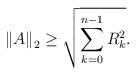
LaTeX: \begin{align*} {{\left\| {A} \right\|}_{2}}\ge \sqrt{\sum\limits_{k=0}^{n-1}{R_{k}^{2}}}.\end{align*}